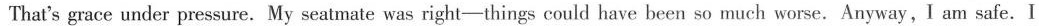
That's grace under pressure. My seatmate was right-things could have been so much worse.Anyway, I am safe.I